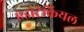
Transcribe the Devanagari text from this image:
एंडोट्रेकियल